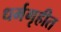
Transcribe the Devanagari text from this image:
धर्मगृहीत